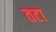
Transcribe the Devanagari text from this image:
तटा